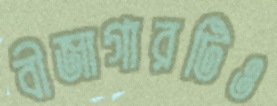
বীজাগারটিও